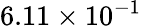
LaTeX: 6.11\times 10^{-1}